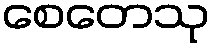
စေတေသု